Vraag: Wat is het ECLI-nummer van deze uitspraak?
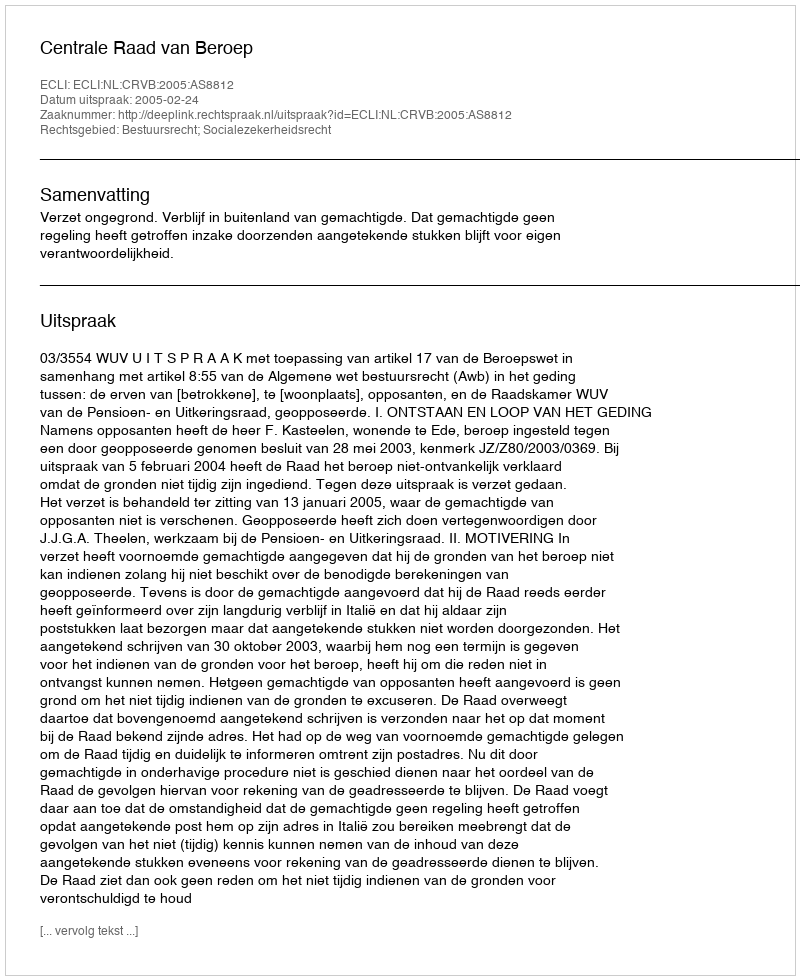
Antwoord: ECLI:NL:CRVB:2005:AS8812